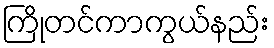
ကြိုတင်ကာကွယ်နည်း